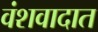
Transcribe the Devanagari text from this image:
वंशवादात